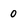
Character: 0